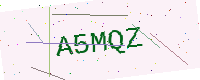
Text: A5MQZ